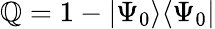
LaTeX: \mathbb{Q}=1-|\Psi_{0}\rangle\langle\Psi_{0}|